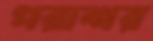
পরাশর